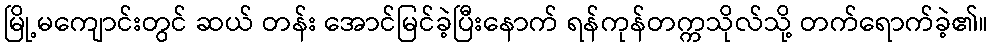
မြို့မကျောင်းတွင် ဆယ် တန်း အောင်မြင်ခဲ့ပြီးနောက် ရန်ကုန်တက္ကသိုလ်သို့ တက်ရောက်ခဲ့၏။